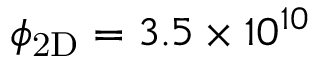
\ensuremath { \phi _ { \mathrm { 2 D } } } = 3 . 5 \times 1 0 ^ { 1 0 }